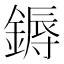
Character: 鎒